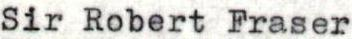
Sir Robert Fraser